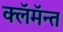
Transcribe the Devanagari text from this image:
क्लॅमॅन्त